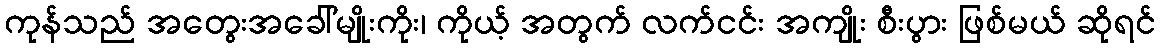
ကုန်သည် အတွေးအခေါ်မျိုးကိုး၊ ကိုယ့် အတွက် လက်ငင်း အကျိုး စီးပွား ဖြစ်မယ် ဆိုရင်